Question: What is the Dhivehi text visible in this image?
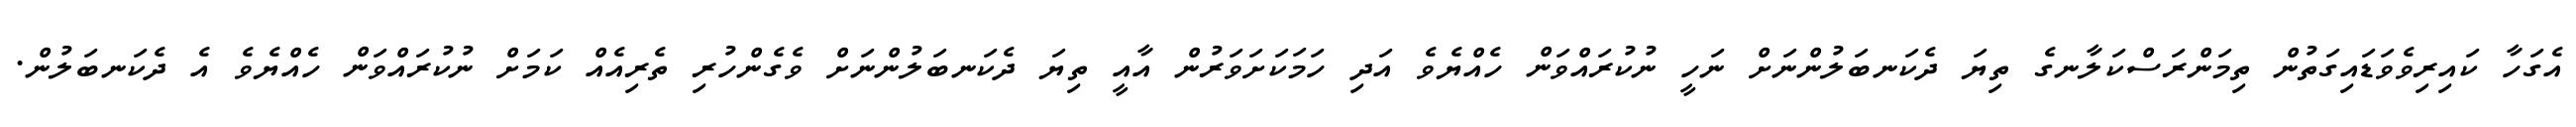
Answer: އެގަހާ ކައިރިވެވަޑައިގަތުން ތިމަންރަސްކަލާނގެ ތިޔަ ދެކަނބަލުންނަށް ނަހީ ނުކުރައްވަން ހެއްޔެވެ އަދި ހަމަކަށަވަރުން އާއީ ތިޔަ ދެކަނބަލުންނަށް ވެގެންހުރި ތެރިއެއް ކަމަށް ނުކުރައްވަން ހެއްޔެވެ އެ ދެކަނބަލުން.